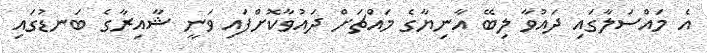
އެ މައްސަލާގައި ދައުވާ ލިބޭ އާނިޔާގެ މައްޗަށް ދައުވާކޮށްފައި ވަނީ ޝާއިރާގެ ބަނޑުގައި